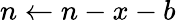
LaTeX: n\leftarrow n-x-b